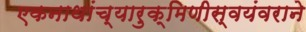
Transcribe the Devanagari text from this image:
एकनाथांच्यारुक्मिणीस्वयंवराने